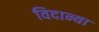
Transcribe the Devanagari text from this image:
विदान्या